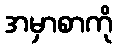
အမှာစာကို